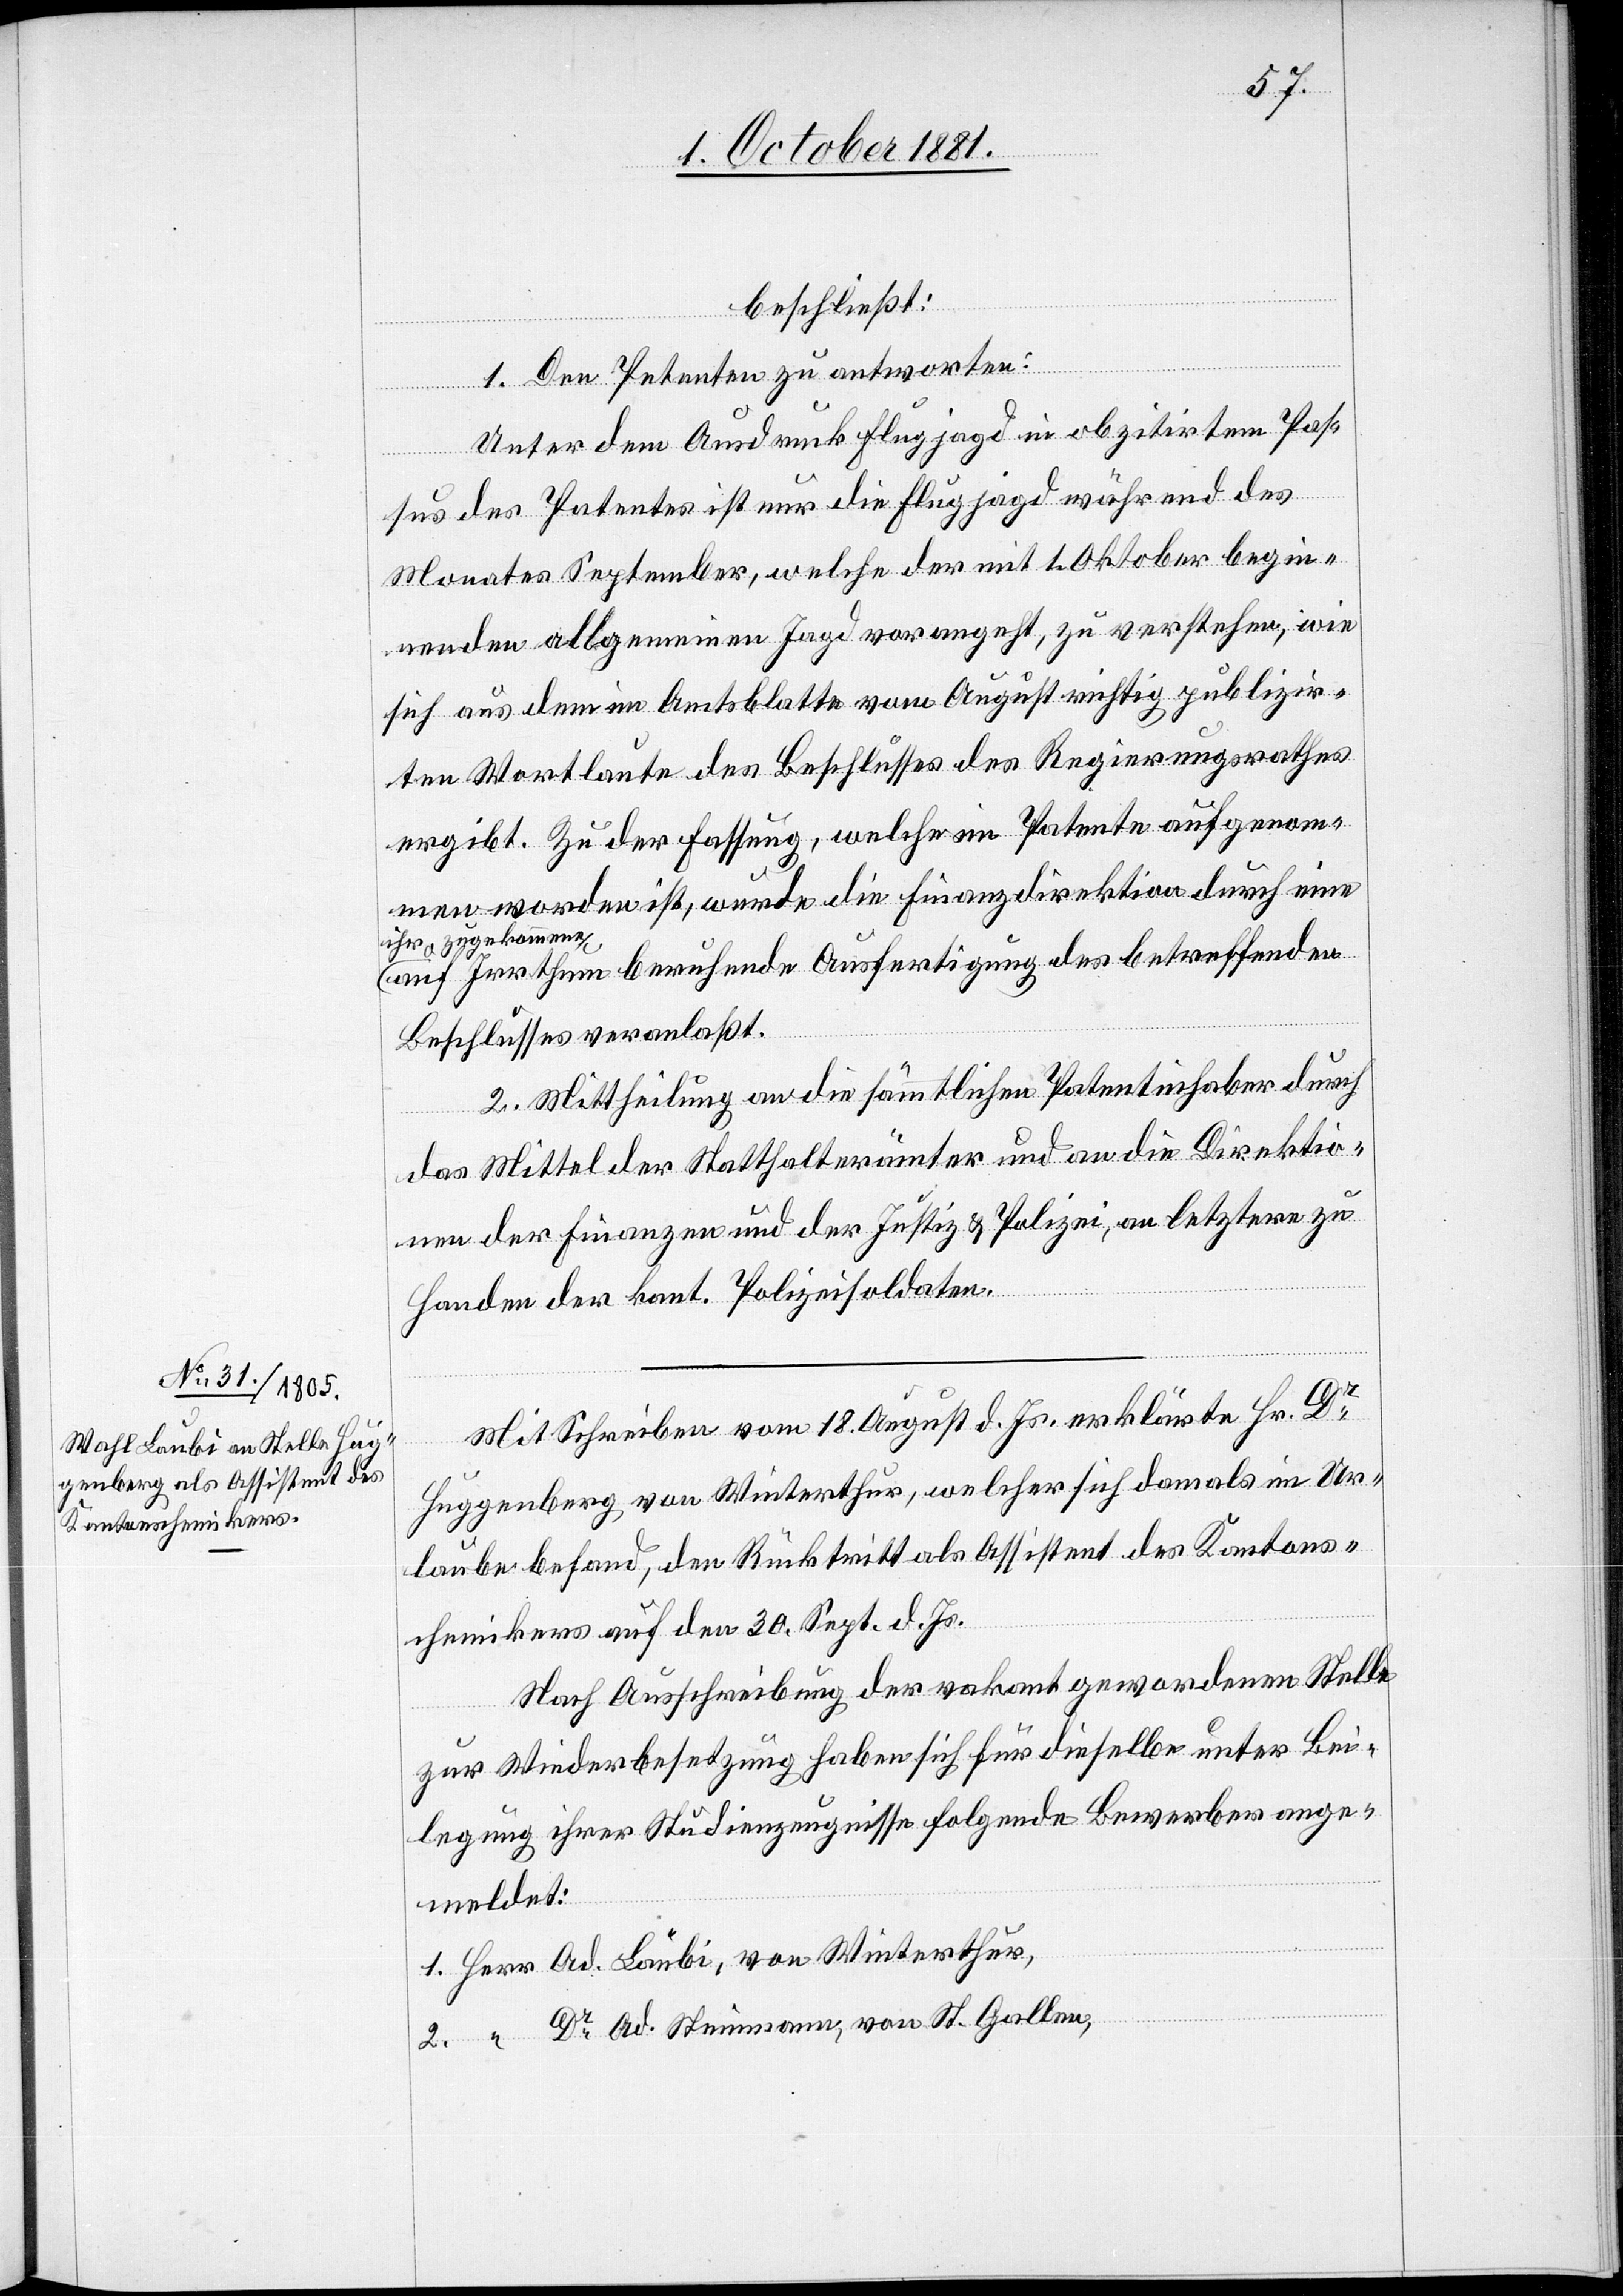
beschließt:
1. Den Petenten zu antworten:
Unter dem Ausdruck Flugjagd in obzitirtem Pas¬
sus des Patentes ist nur die Flugjagd während des
Monates September, welche der mit 1. Oktober begin¬
nenden allgemeinen Jagd vorangeht, zu verstehen, wie
sich aus dem im Amtsblatte vom August richtig publizir¬
ten Wortlaute des Beschlusses des Regierungsrathes
ergibt. Zu der Fassung, welche im Patente aufgenom¬
men worden ist, wurde die Finanzdirektion durch eine
a-ihr zugekommene-a
auf Irrthum beruhende Ausfertigung des betreffenden
Beschlusses veranlaßt.
2. Mittheilung an die sämmtlichen Patentinhaber durch
das Mittel der Statthalterämter und an die Direktio¬
nen der Finanzen und der Justiz & Polizei, an letztere zu
Handen der kant. Polizeisoldaten.
Mit Schreiben vom 18. August d. Js. erklärte Hr. Dr
Huggenberg von Winterthur, welcher sich damals im Ur¬
laube befand, den Rücktritt als Assistent des Kantons¬
chemikers auf den 30. Sept. d. Js.
Nach Ausschreibung der vakant gewordenen Stelle
zur Wiederbesetzung haben sich für dieselbe unter Bei¬
legung ihrer Studienzeugnisse folgende Bewerber ange¬
meldet:
1. Herr Ad. Laubi, von Winterthur,
2. “	Dr Ad. Steinmann, von St. Gallen,